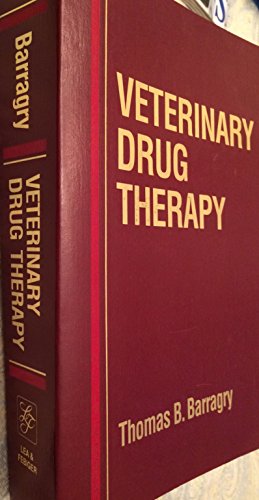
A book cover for Veterinary Drug Therapy; Thomas B. Barragry; Medical Books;